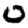
Digit: 0